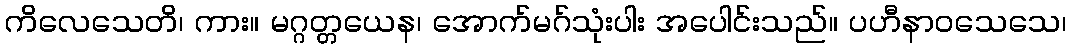
ကိလေသေတိ၊ ကား။ မဂ္ဂတ္တယေန၊ အောက်မဂ်သုံးပါး အပေါင်းသည်။ ပဟီနာဝသေသေ၊